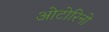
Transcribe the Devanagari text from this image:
ओटोरिनो